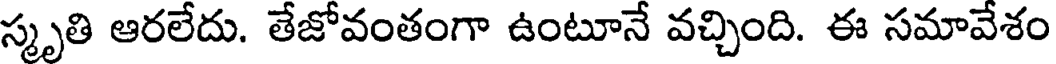
స్మృతి ఆరలేదు. తేజోవంతంగా ఉంటూనే వచ్చింది. ఈ సమావేశం